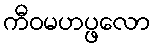
ကီဝမဟပ္ဖလော